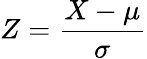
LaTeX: Z={\frac{X-\mu}{\sigma}}